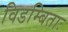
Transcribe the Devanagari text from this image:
विडम्बिताः